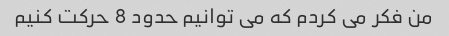
من فکر می کردم که می توانیم حدود 8 حرکت کنیم